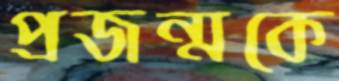
প্রজন্মকে